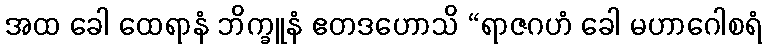
အထ ခေါ ထေရာနံ ဘိက္ခူနံ ဧတဒဟောသိ “ရာဇဂဟံ ခေါ မဟာဂေါစရံ